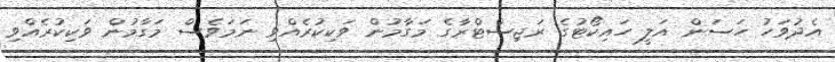
އެދުވަހު ހަސަން އަލީ ހައިކޯޓުގެ ރަޖިސްޓްރާގެ މަގާމުން ވަކިކުރެއްވި ނަމަވެސް މަގާމުން ވަކިކުރެއްވި